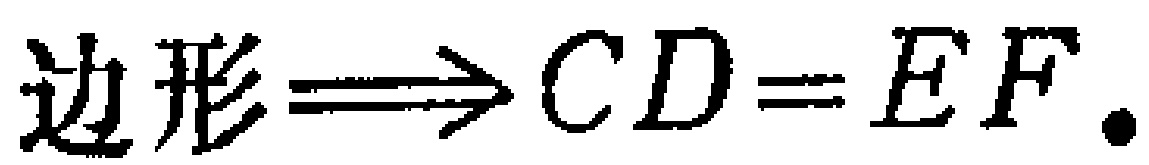
边形$\Longrightarrow CD = EF.$